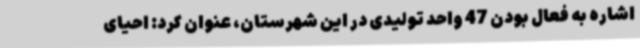
اشاره به فعال بودن 47 واحد تولیدی در این شهرستان، عنوان کرد: احیای